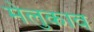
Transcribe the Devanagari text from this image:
मेलुकाव